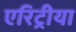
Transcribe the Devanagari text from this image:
एरिट्रीया